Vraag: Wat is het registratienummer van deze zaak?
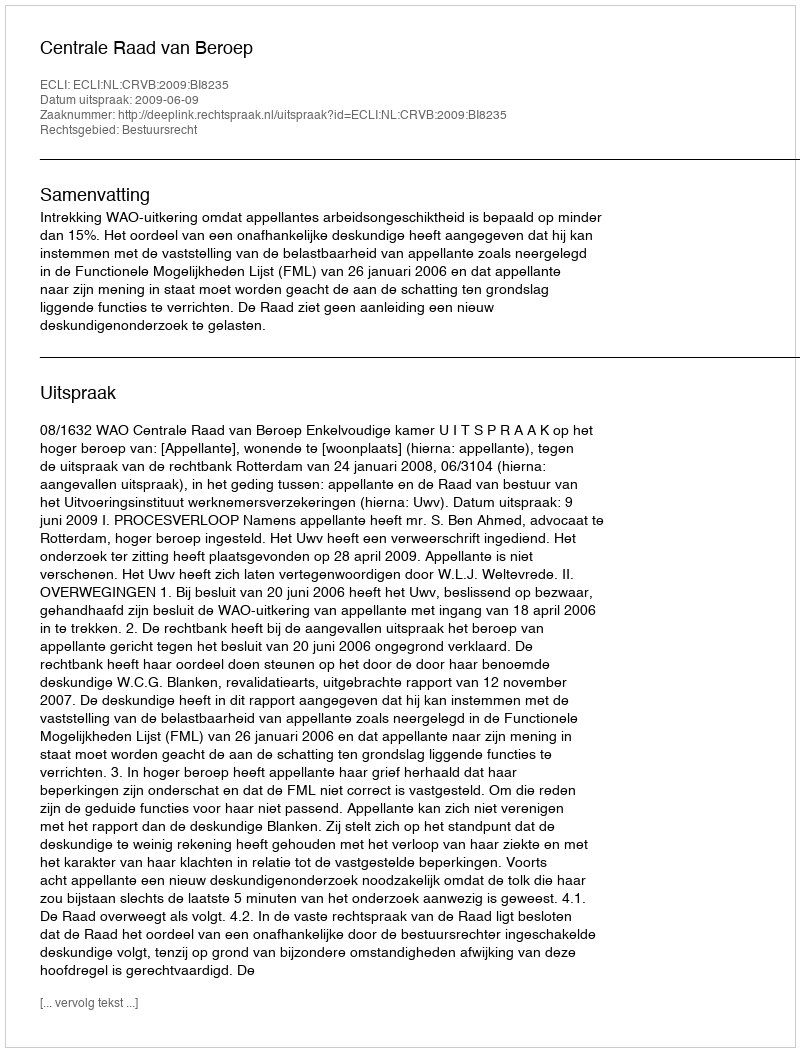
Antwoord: http://deeplink.rechtspraak.nl/uitspraak?id=ECLI:NL:CRVB:2009:BI8235